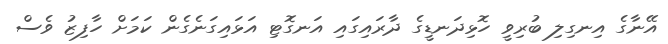
އޭނާގެ އިނގިލި ބުރިވީ ހޮޅިދަނޑީގެ ދާރައިގައި އަނގޮޓި އަޅައިގަނެގެން ކަމަށް ހާފިޒު ވެސް